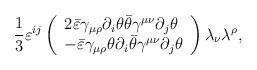
LaTeX: \begin{align*}\frac 13\varepsilon ^{ij}\left( \begin{array}{l}2\bar{\varepsilon}\gamma _{\mu \rho }\partial _i\theta \bar{\theta}\gamma^{\mu \nu }\partial _j\theta \\ -\bar{\varepsilon}\gamma _{\mu \rho }\theta \partial _i\bar{\theta}\gamma^{\mu \nu }\partial _j\theta\end{array}\right) \lambda _\nu \lambda ^\rho , \end{align*}